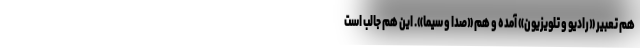
هم تعبیر «رادیو و تلویزیون» آمده و هم «صدا و سیما». این هم جالب است